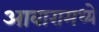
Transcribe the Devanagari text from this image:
आवारामध्ये